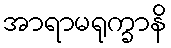
အာရာမရုက္ခာနိ